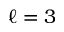
\ell = 3